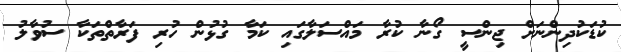
ކުޑަކުދިންނަށް ޖިންސީ ގޯނާ ކުރާ މައްސަލާގައި ކަމާ ގުޅުން ހުރި ފަރާތްތަކާ ސުވާލު